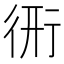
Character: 𧗦